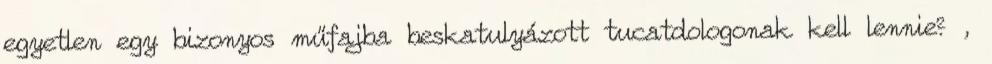
egyetlen egy bizonyos műfajba beskatulyázott tucatdologonak kell lennie? ,